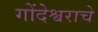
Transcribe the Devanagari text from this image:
गोंदेश्वराचे